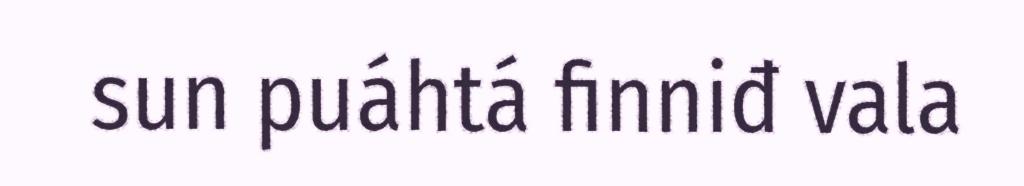
sun puáhtá finniđ vala